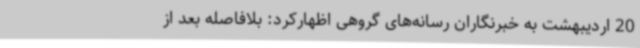
20 اردیبهشت به خبرنگاران رسانه‌های گروهی اظهارکرد: بلافاصله بعد از